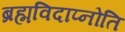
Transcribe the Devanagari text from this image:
ब्रह्मविदाप्नोति